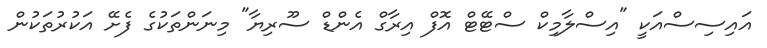
އައިސިސްއަކީ "އިސްލާމިކް ސްޓޭޓް އޮފް އިރާގް އެންޑް ސޫރިޔާ" މިނަންތަކުގެ ފެށޭ އަކުރުތަކުން